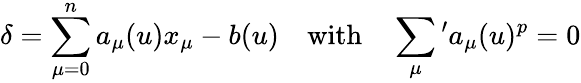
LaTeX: \delta=\sum_{\mu=0}^{n}a_{\mu}(u)x_{\mu}-b(u)\quad\mathrm{with}\quad\sum_{\mu}{}^{\prime}a_{\mu}(u)^{p}=0